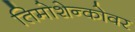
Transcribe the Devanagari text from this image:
तिमोशेन्कोवर